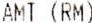
AMT (RM)